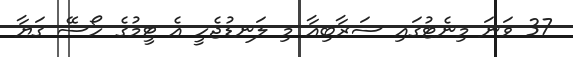
37 ވަނަ މިނެޓުގައި ސަރާބިއާ މި ލަނޑުޖެހީ އެ ޓީމުގެ ހޯސޭ ގަޔާ